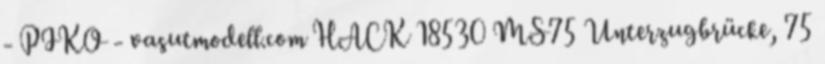
- PIKO - vasutmodell.com HACK 18530 MS75 Unterzugbrücke, 75